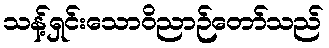
သန့်ရှင်းသောဝိညာဉ်တော်သည်